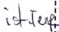
Text: istTemp